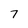
Character: 7